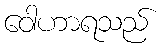
ဝေါဟာရသည်